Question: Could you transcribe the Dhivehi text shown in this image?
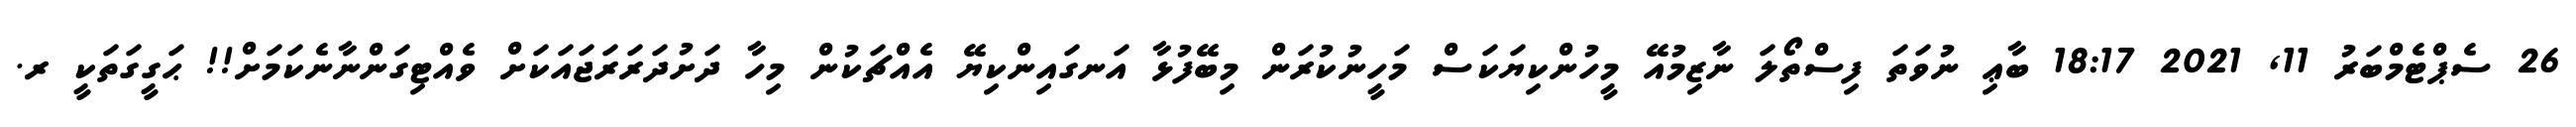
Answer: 26 ސެޕްޓެމްބަރު 11, 2021 18:17 ބާޢި ނުވަތަ ފިސްތޯލަ ނާޒިމުއޭ މީހުންކިޔަކަސް މަހީނުކުރަން މިބޭފުޅާ އަނގައިންކިޔޭ އެއްޗަކުން މިހާ ދަށުދަރަރަޖައަކަށް ވެއްޓިގަންނާނެކަމަށް!! ޙަގީގަތަކީ ރ.